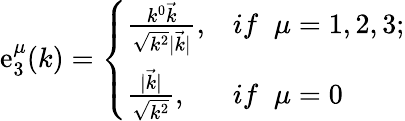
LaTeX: \mathrm{e}_{3}^{\mu}(k)=\left\{ \begin{array}{ll}{{\frac{k^{0}\vec{k}}{\sqrt{k^{2}}|\vec{k}|},}}&{{if\; \; \mu=1,2,3;}}\\ {{\frac{|\vec{k}|}{\sqrt{k^{2}}},}}&{{if\; \; \mu=0}}\end{array}\right.